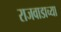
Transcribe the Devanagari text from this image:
राजवाडाच्या